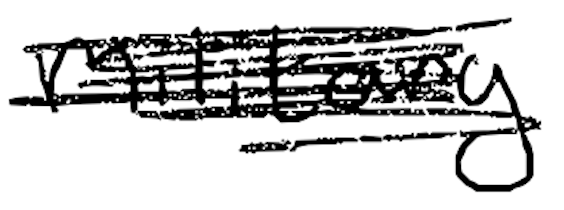
Text: military
Cross-out: scratch
Writing tool: digital_black